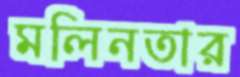
মলিনতার